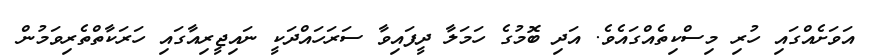
އަވަށެއްގައި ހުރި މިސްކިތެއްގައެވެ. އަދި ބޮމުގެ ހަމަލާ ދީފައިވާ ސަރަހައްދަކީ ނައިޖީރިއާގައި ހަރަކާތްތެރިވަމުން